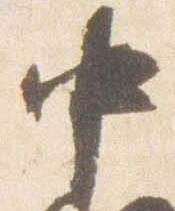
中